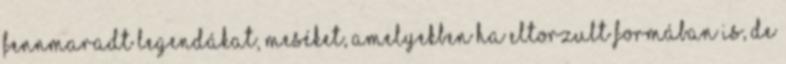
fennmaradt legendákat, meséket, amelyekben ha eltorzult formában is, de